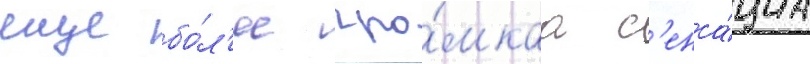
еще бо́л'ее гро́мкаа с'енса́циа